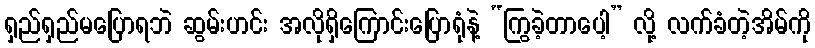
ရှည်ရှည်မပြောရဘဲ ဆွမ်းဟင်း အလိုရှိကြောင်းပြောရုံနဲ့ “ကြွခဲ့တာပေါ့” လို့ လက်ခံတဲ့အိမ်ကို